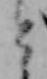
と